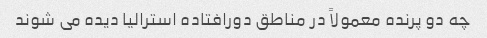
چه دو پرنده معمولاً در مناطق دورافتاده استرالیا دیده می شوند